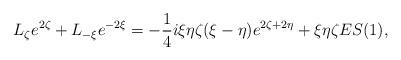
LaTeX: \begin{align*}L_\zeta e^{2\zeta} + L_{-\xi}e^{-2\xi} = -\frac14 i\xi\eta\zeta(\xi - \eta) e^{2\zeta + 2\eta} + \xi\eta\zeta ES(1),\end{align*}